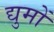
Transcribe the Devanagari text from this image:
द्युमों